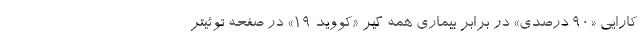
کارایی «۹۰ درصدی» در برابر بیماری همه گیر «کووید ۱۹» در صفحه توئیتر